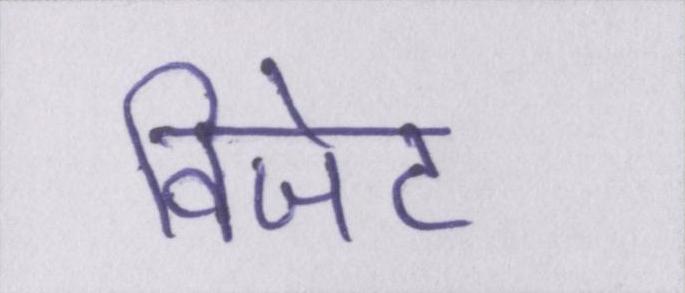
विजेट